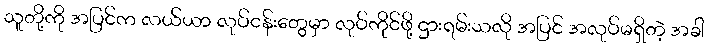
သူတို့ကို အပြင်က လယ်ယာ လုပ်ငန်းတွေမှာ လုပ်ကိုင်ဖို့ ဌားရမ်းသလို အပြင် အလုပ်မရှိတဲ့ အခါ